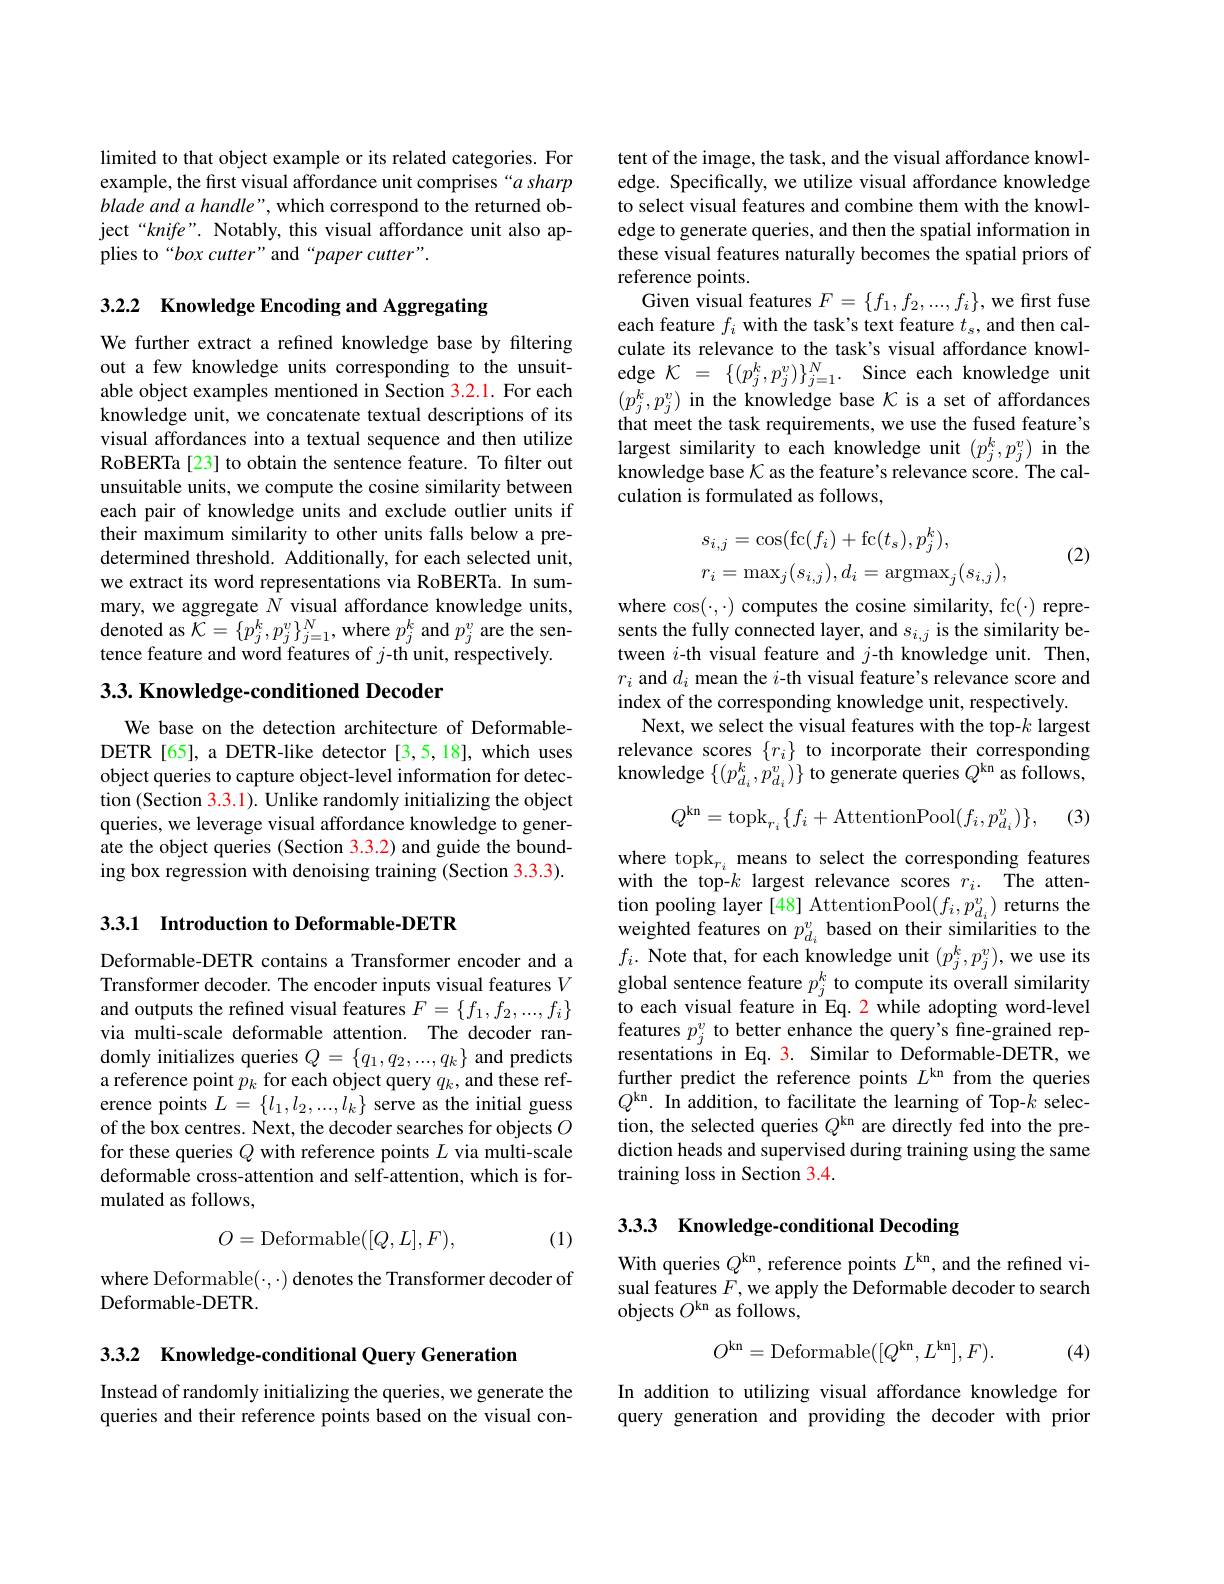
limited to that object example or its related categories. For example, the first visual affordance unit comprises“a sharp blade and a handle", which correspond to the returned object“knife”. Notably, this visual affordance unit also applies to“box cutter”and“paper cutter”.

3.2.2 Knowledge Encoding and Aggregating

We further extract a refined knowledge base by filtering out a few knowledge units corresponding to the unsuitable object examples mentioned in Section 3.2.1. For each knowledge unit, we concatenate textual descriptions of its visual affordances into a textual sequence and then utilize RoBERTa[23] to obtain the sentence feature. To filter out unsuitable units, we compute the cosine similarity between each pair of knowledge units and exclude outlier units if their maximum similarity to other units falls below a predetermined threshold. Additionally, for each selected unit, we extract its word representations via RoBERTa. In summary, we aggregate $N$ visual affordance knowledge units, $\operatorname*{denoted~as~}\mathcal{K}=\{p_{j}^{k},p_{j}^{v}\}_{j=1}^{N}$,where $p_{j}^{k}$ and $p_{j}^{v}$ are the sentence feature and word features of $j$-th unit, respectively.

## $3. 3. \textbf{Knowledge- conditioned Decoder}$

We base on the detection architecture of DeformableDETR[65], a DETR-like detector [3,5,18], which uses object queries to capture object-level information for detection (Section 3.3.1). Unlike randomly initializing the object queries, we leverage visual affordance knowledge to generate the object queries (Section 3.3.2) and guide the bounding box regression with denoising training (Section 3.3.3).

3.3.1 Introduction to Deformable-DETR

Deformable-DETR contains a Transformer encoder and a Transformer decoder. The encoder inputs visual features $V$ and outputs the refined visual features $F=\{f_1,f_2,...,f_i\}$ via multi-scale deformable attention. The decoder randomly initializes queries $Q=\{q_1,q_2,...,q_k\}$ and predicts a reference point $\hat{p_k}$ for each object query $q_k$, and these reference points $L=\{l_1,l_2,...,l_k\}$ serve as the initial guess of the box centres. Next, the decoder searches for objects $O$ for these queries $Q$ with reference points $L$ via multi-scale deformable cross-attention and self-attention, which is formulated as follows,
$$O=\mathrm{Deformable}([Q,L],F),$$
(1)

where Deformable($\cdot,\cdot)$ denotes the Transformer decoder of
Deformable-DETR.

3.3.2 Knowledge-conditional Query Generation

Instead of randomly initializing the queries, we generate the queries and their reference points based on the visual con-

tent of the image, the task, and the visual affordance knowledge. Specifically, we utilize visual affordance knowledge to select visual features and combine them with the knowledge to generate queries, and then the spatial information in these visual features naturally becomes the spatial priors of reference points.
Given visual features $F=\{f_1,f_2,...,f_i\}$,we first fuse each feature $f_i$ with the task's text feature $t_s$, and then calculate its relevance to the task's visual affordance knowledge $\mathcal{K} = \{ ( p_{j}^{k}, p_{j}^{v}) \} _{j= 1}^{N}.$ Since each knowledge unit $(p_{j}^{k},p_{j}^{v})$ in the knowledge base $\mathcal{K}$ is a set of affordances that meet the task requirements, we use the fused feature's largest similarity to each knowledge unit $(p_j^k,p_j^v)$ in the knowledge base $\mathcal{K}$ as the feature's relevance score. The calculation is formulated as follows,

(2)
$$\begin{aligned}&s_{i,j}=\cos(\mathrm{fc}(f_{i})+\mathrm{fc}(t_{s}),p_{j}^{k}),\\&r_{i}=\max_{j}(s_{i,j}),d_{i}=\mathrm{argmax}_{j}(s_{i,j}),\end{aligned}$$
where $\cos(\cdot,\cdot)$ computes the cosine similarity, fc(-) represents the fully connected layer, and $s_i,j$ is the similarity between $i$-th visual feature and $j$-th knowledge unit. Then, $r_i$ and $d_i$ mean the $i$-th visual feature's relevance score and index of the corresponding knowledge unit, respectively.
Next, we select the visual features with the top-$k$ largest relevance scores $\{r_i\}$ to incorporate their corresponding knowledge $\{(p_{d_i}^{k},\dot{p_{d_i}^{v}})\}$ to generate queries $Q^\mathrm{kn}$ as follows,
$$Q^{\mathrm{kn}}=\mathrm{topk}_{r_{i}}\{f_{i}+\mathrm{AttentionPool}(f_{i},p_{d_{i}}^{v})\},$$
(3)

where topk$_r_i$ means to select the corresponding features with the top-k largest relevance scores $r_i.$ The attention pooling layer [48] AttentionPool$( f_i, p_{d_i}^v)$ returns the weighted features on $p_{d_i}^v$ based on their similarities to the $f_i.$ Note that, for each knowledge unit $(p_j^k,p_j^v)$,we use its global sentence feature $p_j^k$ to compute its overall similarity to each visual feature in Eq. 2 while adopting word-level features $p_j^v$ to better enhance the query's fine-grained representations in Eq. 3. Similar to Deformable-DETR, we further predict the reference points $L^\mathrm{kn}$ from the queries $Q^{\mathrm{kn}}.$ In addition, to facilitate the learning of Top-$k$ selection, the selected queries $Q^\mathrm{kn}$ are directly fed into the prediction heads and supervised during training using the same training loss in Section 3.4.

## 3.3.3 Knowledge-conditional Decoding

With queries $Q^\mathrm{kn}$, reference points $L^\mathrm{kn}$, and the refined visual features $F$,we apply the Deformable decoder to search objects $O^\mathrm{kn}$ as follows,
$$O^{\mathrm{kn}}=\mathrm{Deformable}([Q^{\mathrm{kn}},L^{\mathrm{kn}}],F).$$
(4)

In addition to utilizing visual affordance knowledge for query generation and providing the decoder with prior